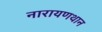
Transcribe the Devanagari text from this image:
नारायणथान